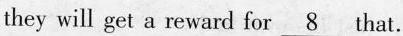
they will get a reward for\underline{8} that.